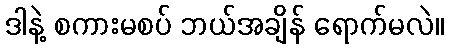
ဒါနဲ့ စကားမစပ် ဘယ်အချိန် ရောက်မလဲ။